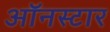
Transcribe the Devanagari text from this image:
ऑनस्टार